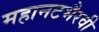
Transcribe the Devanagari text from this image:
महानटभैरवी